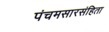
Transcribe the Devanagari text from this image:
पंचमसारसंहिता